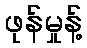
ဖုန်မှုန့်